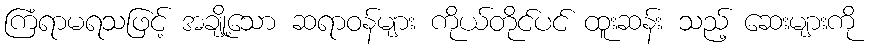
ကြံရာမရသဖြင့် အချို့သော ဆရာဝန်များ ကိုယ်တိုင်ပင် ထူးဆန်း သည့် ဆေးများကို